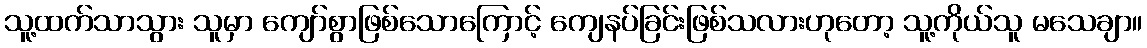
သူ့ထက်သာသွား သူမှာ ကျော်စွာဖြစ်သောကြောင့် ကျေနပ်ခြင်းဖြစ်သလားဟုတော့ သူ့ကိုယ်သူ မသေချာ။